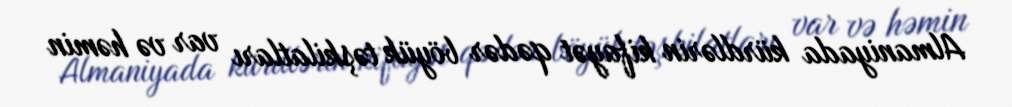
Almaniyada kürdlərin kifayət qədər böyük təşkilatları var və həmin